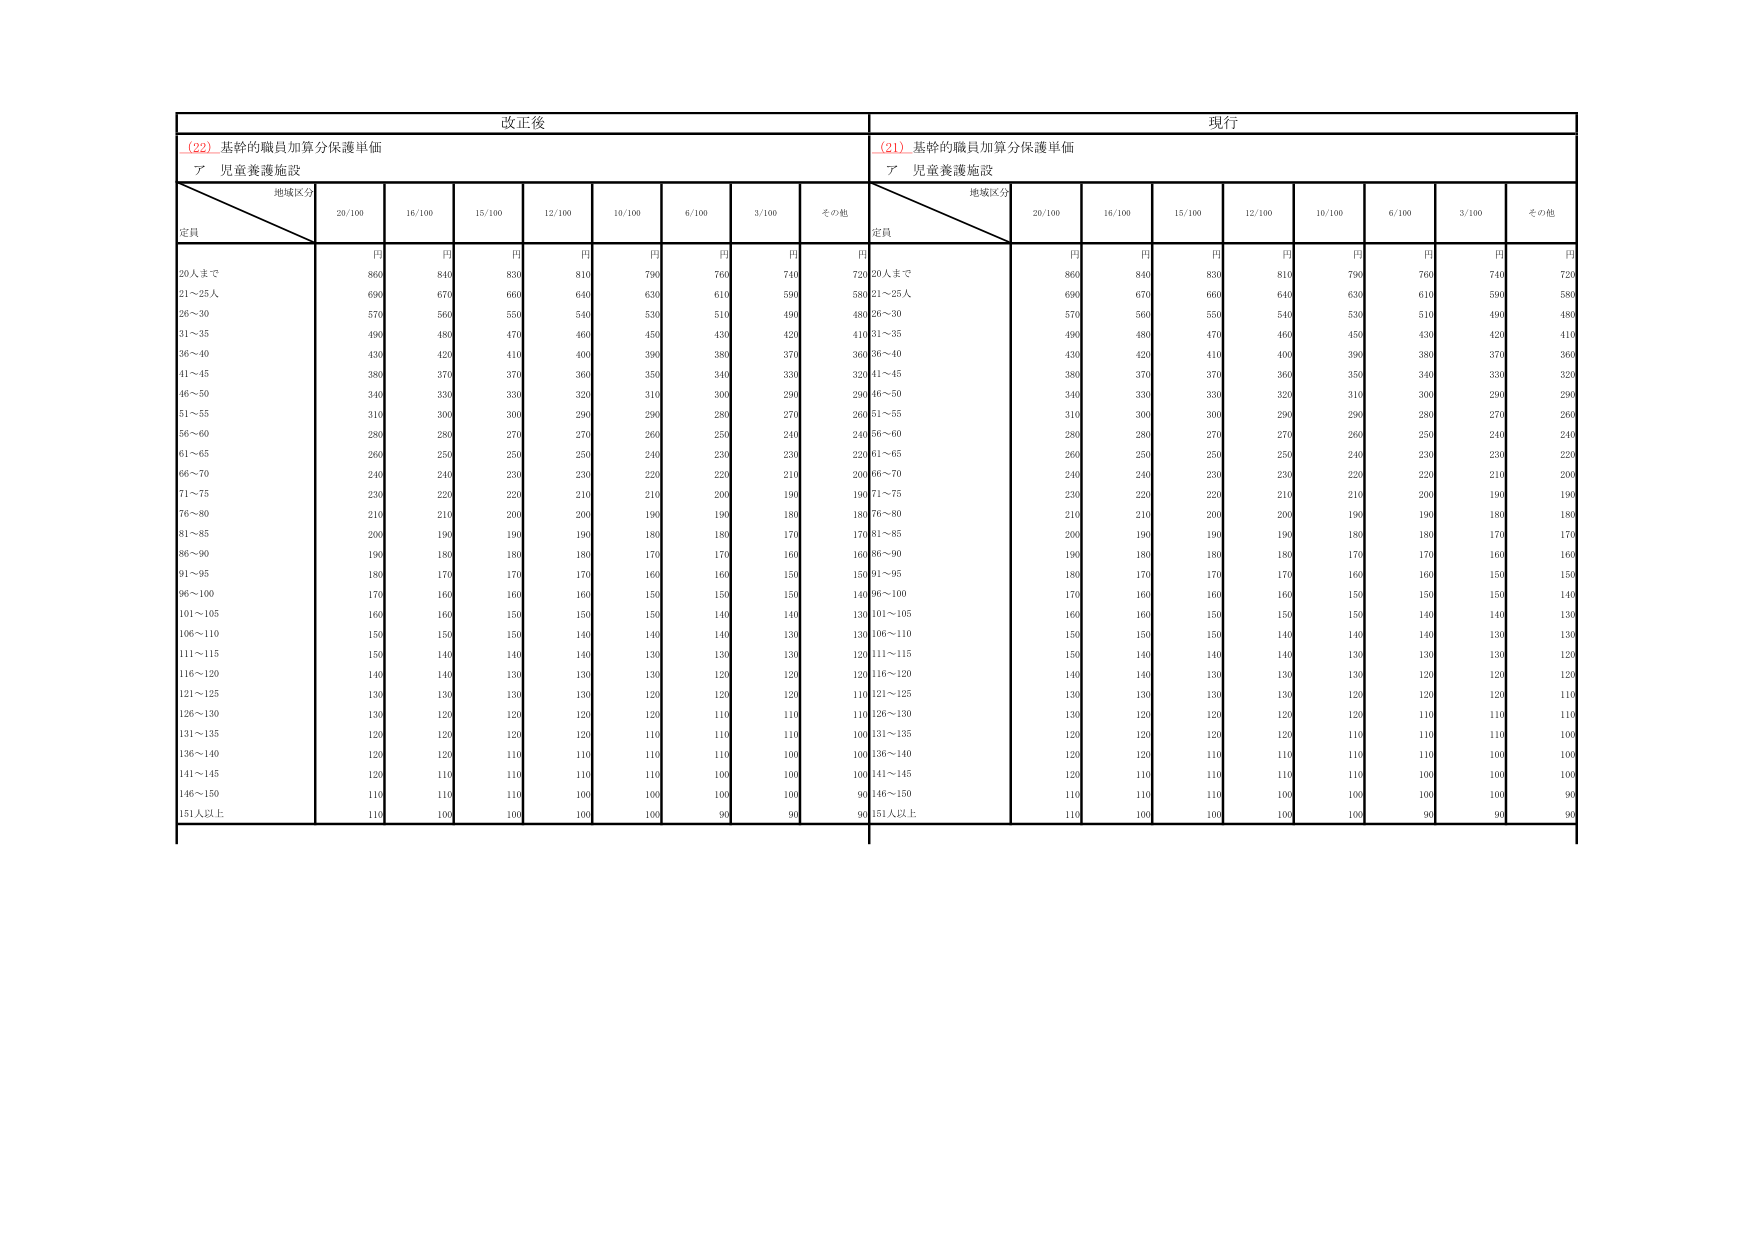
改正後
(22) 基幹的職員加算分保護単価
ア 児童養護施設
地域区分
定員
20/100
16/100
15/100
12/100
10/100
6/100
3/100
その他
円
円
円
円
円
円
円
円
20人まで
860
840
830
810
790
760
740
720
21～25人
690
670
660
640
630
610
590
580
26～30
570
560
550
540
530
510
490
480
31～35
490
480
470
460
450
430
420
410
36～40
430
420
410
400
390
380
370
360
41～45
380
370
370
360
350
340
330
320
46～50
340
330
330
320
310
300
290
290
51～55
310
300
300
290
290
280
270
260
56～60
280
280
270
270
260
250
240
240
61～65
260
250
250
250
240
230
230
220
66～70
240
240
230
230
220
220
210
200
71～75
230
220
220
210
210
200
190
190
76～80
210
210
200
200
190
190
180
180
81～85
200
190
190
190
180
180
170
170
86～90
190
180
180
180
170
170
160
160
91～95
180
170
170
170
160
160
150
150
96～100
170
160
160
160
150
150
150
140
101～105
160
160
150
150
150
140
140
130
106～110
150
150
150
140
140
140
130
130
111～115
150
140
140
140
130
130
130
120
116～120
140
140
130
130
130
120
120
120
121～125
130
130
130
130
120
120
120
110
126～130
130
120
120
120
120
110
110
110
131～135
120
120
120
120
110
110
110
100
136～140
120
120
110
110
110
110
100
100
141～145
120
110
110
110
110
100
100
100
146～150
110
110
110
100
100
100
100
90
151人以上
110
100
100
100
100
90
90
90

現行
(21) 基幹的職員加算分保護単価
ア 児童養護施設
地域区分
定員
20/100
16/100
15/100
12/100
10/100
6/100
3/100
その他
円
円
円
円
円
円
円
円
20人まで
860
840
830
810
790
760
740
720
21～25人
690
670
660
640
630
610
590
580
26～30
570
560
550
540
530
510
490
480
31～35
490
480
470
460
450
430
420
410
36～40
430
420
410
400
390
380
370
360
41～45
380
370
370
360
350
340
330
320
46～50
340
330
330
320
310
300
290
290
51～55
310
300
300
290
290
280
270
260
56～60
280
280
270
270
260
250
240
240
61～65
260
250
250
250
240
230
230
220
66～70
240
240
230
230
220
220
210
200
71～75
230
220
220
210
210
200
190
190
76～80
210
210
200
200
190
190
180
180
81～85
200
190
190
190
180
180
170
170
86～90
190
180
180
180
170
170
160
160
91～95
180
170
170
170
160
160
150
150
96～100
170
160
160
160
150
150
150
140
101～105
160
160
150
150
150
140
140
130
106～110
150
150
150
140
140
140
130
130
111～115
150
140
140
140
130
130
130
120
116～120
140
140
130
130
130
120
120
120
121～125
130
130
130
130
120
120
120
110
126～130
130
120
120
120
120
110
110
110
131～135
120
120
120
120
110
110
110
100
136～140
120
120
110
110
110
110
100
100
141～145
120
110
110
110
110
100
100
100
146～150
110
110
110
100
100
100
100
90
151人以上
110
100
100
100
100
90
90
90